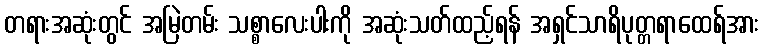
တရားအဆုံးတွင် အမြဲတမ်း သစ္စာလေးပါးကို အဆုံးသတ်ထည့်ရန် အရှင်သာရိပုတ္တရာထေရ်အား